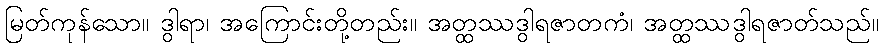
မြတ်ကုန်သော။ ဒွါရာ၊ အကြောင်းတို့တည်း။ အတ္ထဿဒွါရဇာတကံ၊ အတ္ထဿဒွါရဇာတ်သည်။